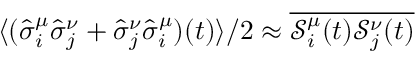
\langle ( \hat { \sigma } _ { i } ^ { \mu } \hat { \sigma } _ { j } ^ { \nu } + \hat { \sigma } _ { j } ^ { \nu } \hat { \sigma } _ { i } ^ { \mu } ) ( t ) \rangle / 2 \approx \overline { { \mathcal { S } _ { i } ^ { \mu } ( t ) \mathcal { S } _ { j } ^ { \nu } ( t ) } }